Second report of the anti-malarial operations at Mian Mir, 1901-1903 - Number 9
Year: 1901
Disease focus: Malaria
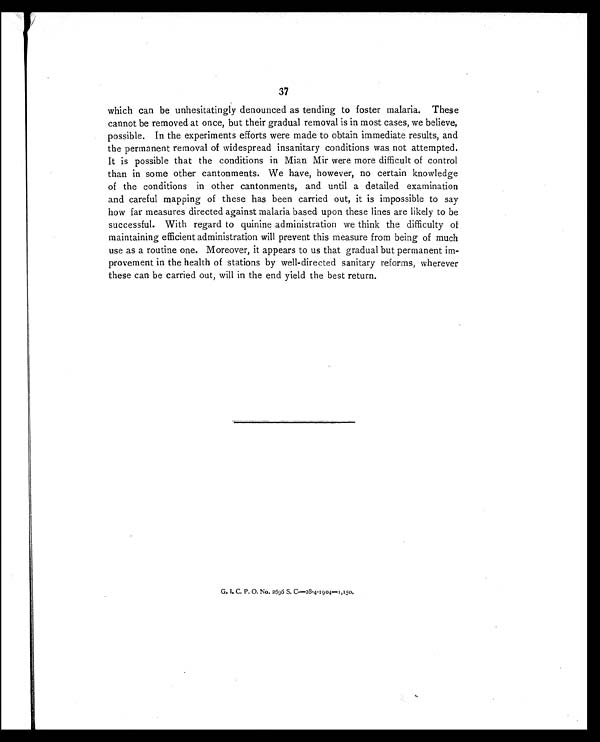
37
which can be unhesitatingly denounced as tending to foster malaria. These
cannot be removed at once, but their gradual removal is in most cases, we believe,
possible. In the experiments efforts were made to obtain immediate results, and
the permanent removal of widespread insanitary conditions was not attempted.
It is possible that the conditions in Mian Mir were more difficult of control
than in some other cantonments. We have, however, no certain knowledge
of the conditions in other cantonments, and until a detailed examination
and careful mapping of these has been carried out, it is impossible to say
how far measures directed against malaria based upon these lines are likely to be
successful. With regard to quinine administration we think the difficulty of
maintaining efficient administration will prevent this measure from being of much
use as a routine one. Moreover, it appears to us that gradual but permanent im-
provement in the health of stations by well-directed sanitary reforms, wherever
these can be carried out, will in the end yield the best return.
G. I. C. P. O. No. 2696 S. C.—28-4-1904—1,150.